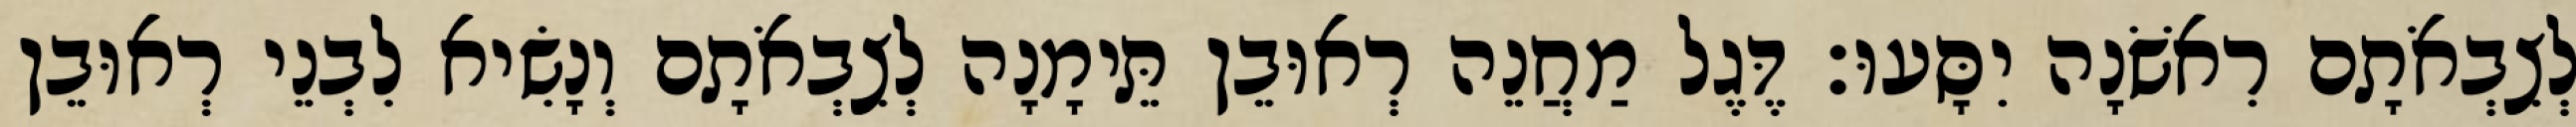
לְצִבְאֹתָם רִאשֹׁנָה יִסָּעוּ׃ דֶּגֶל מַחֲנֵה רְאוּבֵן תֵּימָנָה לְצִבְאֹתָם וְנָשִׂיא לִבְנֵי רְאוּבֵן